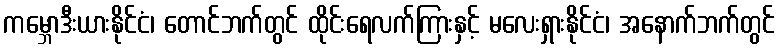
ကမ္ဘောဒီးယားနိုင်ငံ၊ တောင်ဘက်တွင် ထိုင်းရေလက်ကြားနှင့် မလေးရှားနိုင်ငံ၊ အနောက်ဘက်တွင်